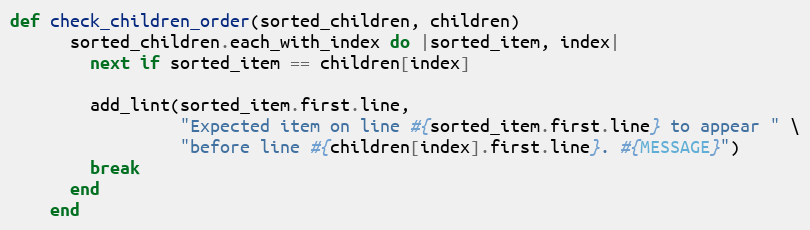
Language: Ruby
def check_children_order(sorted_children, children)
      sorted_children.each_with_index do |sorted_item, index|
        next if sorted_item == children[index]

        add_lint(sorted_item.first.line,
                 "Expected item on line #{sorted_item.first.line} to appear " \
                 "before line #{children[index].first.line}. #{MESSAGE}")
        break
      end
    end